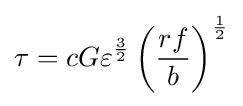
\tau =cG\varepsilon ^{\frac {3}{2}}\left({\frac {rf}{b}}\right)^{\frac {1}{2}}